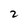
Character: 2